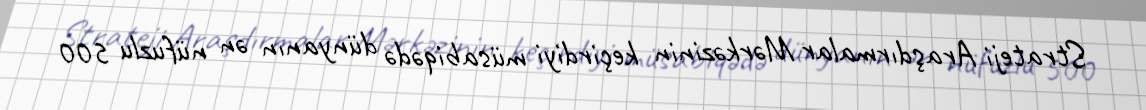
Strateji Araşdırmalar Mərkəzinin keçirdiyi müsabiqədə dünyanın ən nüfuzlu 500